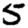
Digit: 5